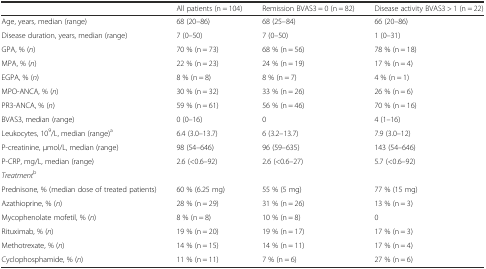
<table><thead><tr><td></td><td><b>All patients (n = 104)</b></td><td><b>Remission BVAS3 = 0 (n = 82)</b></td><td><b>Disease activity BVAS3 &gt; 1 (n = 22)</b></td></tr></thead><tbody><tr><td>Age, years, median (range)</td><td>68 (20–86)</td><td>68 (25–84)</td><td>66 (20–86)</td></tr><tr><td>Disease duration, years, median (range)</td><td>7 (0–50)</td><td>7 (0–50)</td><td>1 (0–31)</td></tr><tr><td>GPA, % (<i>n</i>)</td><td>70 % (n = 73)</td><td>68 % (n = 56)</td><td>78 % (n = 18)</td></tr><tr><td>MPA, % (<i>n</i>)</td><td>22 % (n = 23)</td><td>24 % (n = 19)</td><td>17 % (n = 4)</td></tr><tr><td>EGPA, % (<i>n</i>)</td><td>8 % (n = 8)</td><td>8 % (n = 7)</td><td>4 % (n = 1)</td></tr><tr><td>MPO-ANCA, % (<i>n</i>)</td><td>30 % (n = 32)</td><td>33 % (n = 26)</td><td>26 % (n = 6)</td></tr><tr><td>PR3-ANCA, % (<i>n</i>)</td><td>59 % (n = 61)</td><td>56 % (n = 46)</td><td>70 % (n = 16)</td></tr><tr><td>BVAS3, median (range)</td><td>0 (0–16)</td><td>0</td><td>4 (1–16)</td></tr><tr><td>Leukocytes, 10<sup>9</sup>/L, median (range)<sup>a</sup></td><td>6.4 (3.0–13.7)</td><td>6 (3.2–13.7)</td><td>7.9 (3.0–12)</td></tr><tr><td>P-creatinine, μmol/L, median (range)</td><td>98 (54–646)</td><td>96 (59–635)</td><td>143 (54–646)</td></tr><tr><td>P-CRP, mg/L, median (range)</td><td>2.6 (&lt;0.6–92)</td><td>2.6 (&lt;0.6–27)</td><td>5.7 (&lt;0.6–92)</td></tr><tr><td><i>Treatment</i><sup>b</sup></td><td></td><td></td><td></td></tr><tr><td>Prednisone, % (median dose of treated patients)</td><td>60 % (6.25 mg)</td><td>55 % (5 mg)</td><td>77 % (15 mg)</td></tr><tr><td>Azathioprine, % (<i>n</i>)</td><td>28 % (n = 29)</td><td>31 % (n = 26)</td><td>13 % (n = 3)</td></tr><tr><td>Mycophenolate mofetil, % (<i>n</i>)</td><td>8 % (n = 8)</td><td>10 % (n = 8)</td><td>0</td></tr><tr><td>Rituximab, % (<i>n</i>)</td><td>19 % (n = 20)</td><td>19 % (n = 17)</td><td>17 % (n = 3)</td></tr><tr><td>Methotrexate, % (<i>n</i>)</td><td>14 % (n = 15)</td><td>14 % (n = 11)</td><td>17 % (n = 4)</td></tr><tr><td>Cyclophosphamide, % (<i>n</i>)</td><td>11 % (n = 11)</td><td>7 % (n = 6)</td><td>27 % (n = 6)</td></tr></tbody></table>